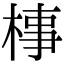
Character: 𣓊